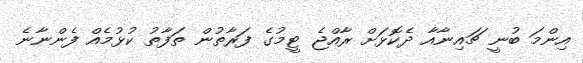
އިންމަ ބުނީ ޗައިނާއާ ދެކޮޅަށް ރާއްޖެ ޓީމުގެ ފަރާތުން ތަފާތު ކުޅުމެއް ފެންނާނެ